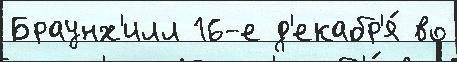
Браунх'илл 16-е д'екабр'я́ во